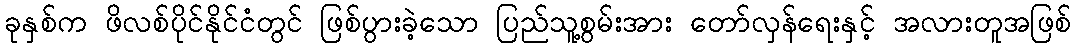
ခုနှစ်က ဖိလစ်ပိုင်နိုင်ငံတွင် ဖြစ်ပွားခဲ့သော ပြည်သူ့စွမ်းအား တော်လှန်ရေးနှင့် အလားတူအဖြစ်